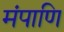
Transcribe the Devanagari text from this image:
मंपाणि